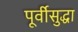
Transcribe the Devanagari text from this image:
पूर्वीसुद्धा